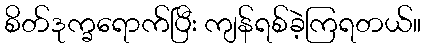
စိတ်ဒုက္ခရောက်ပြီး ကျန်ရစ်ခဲ့ကြရတယ်။